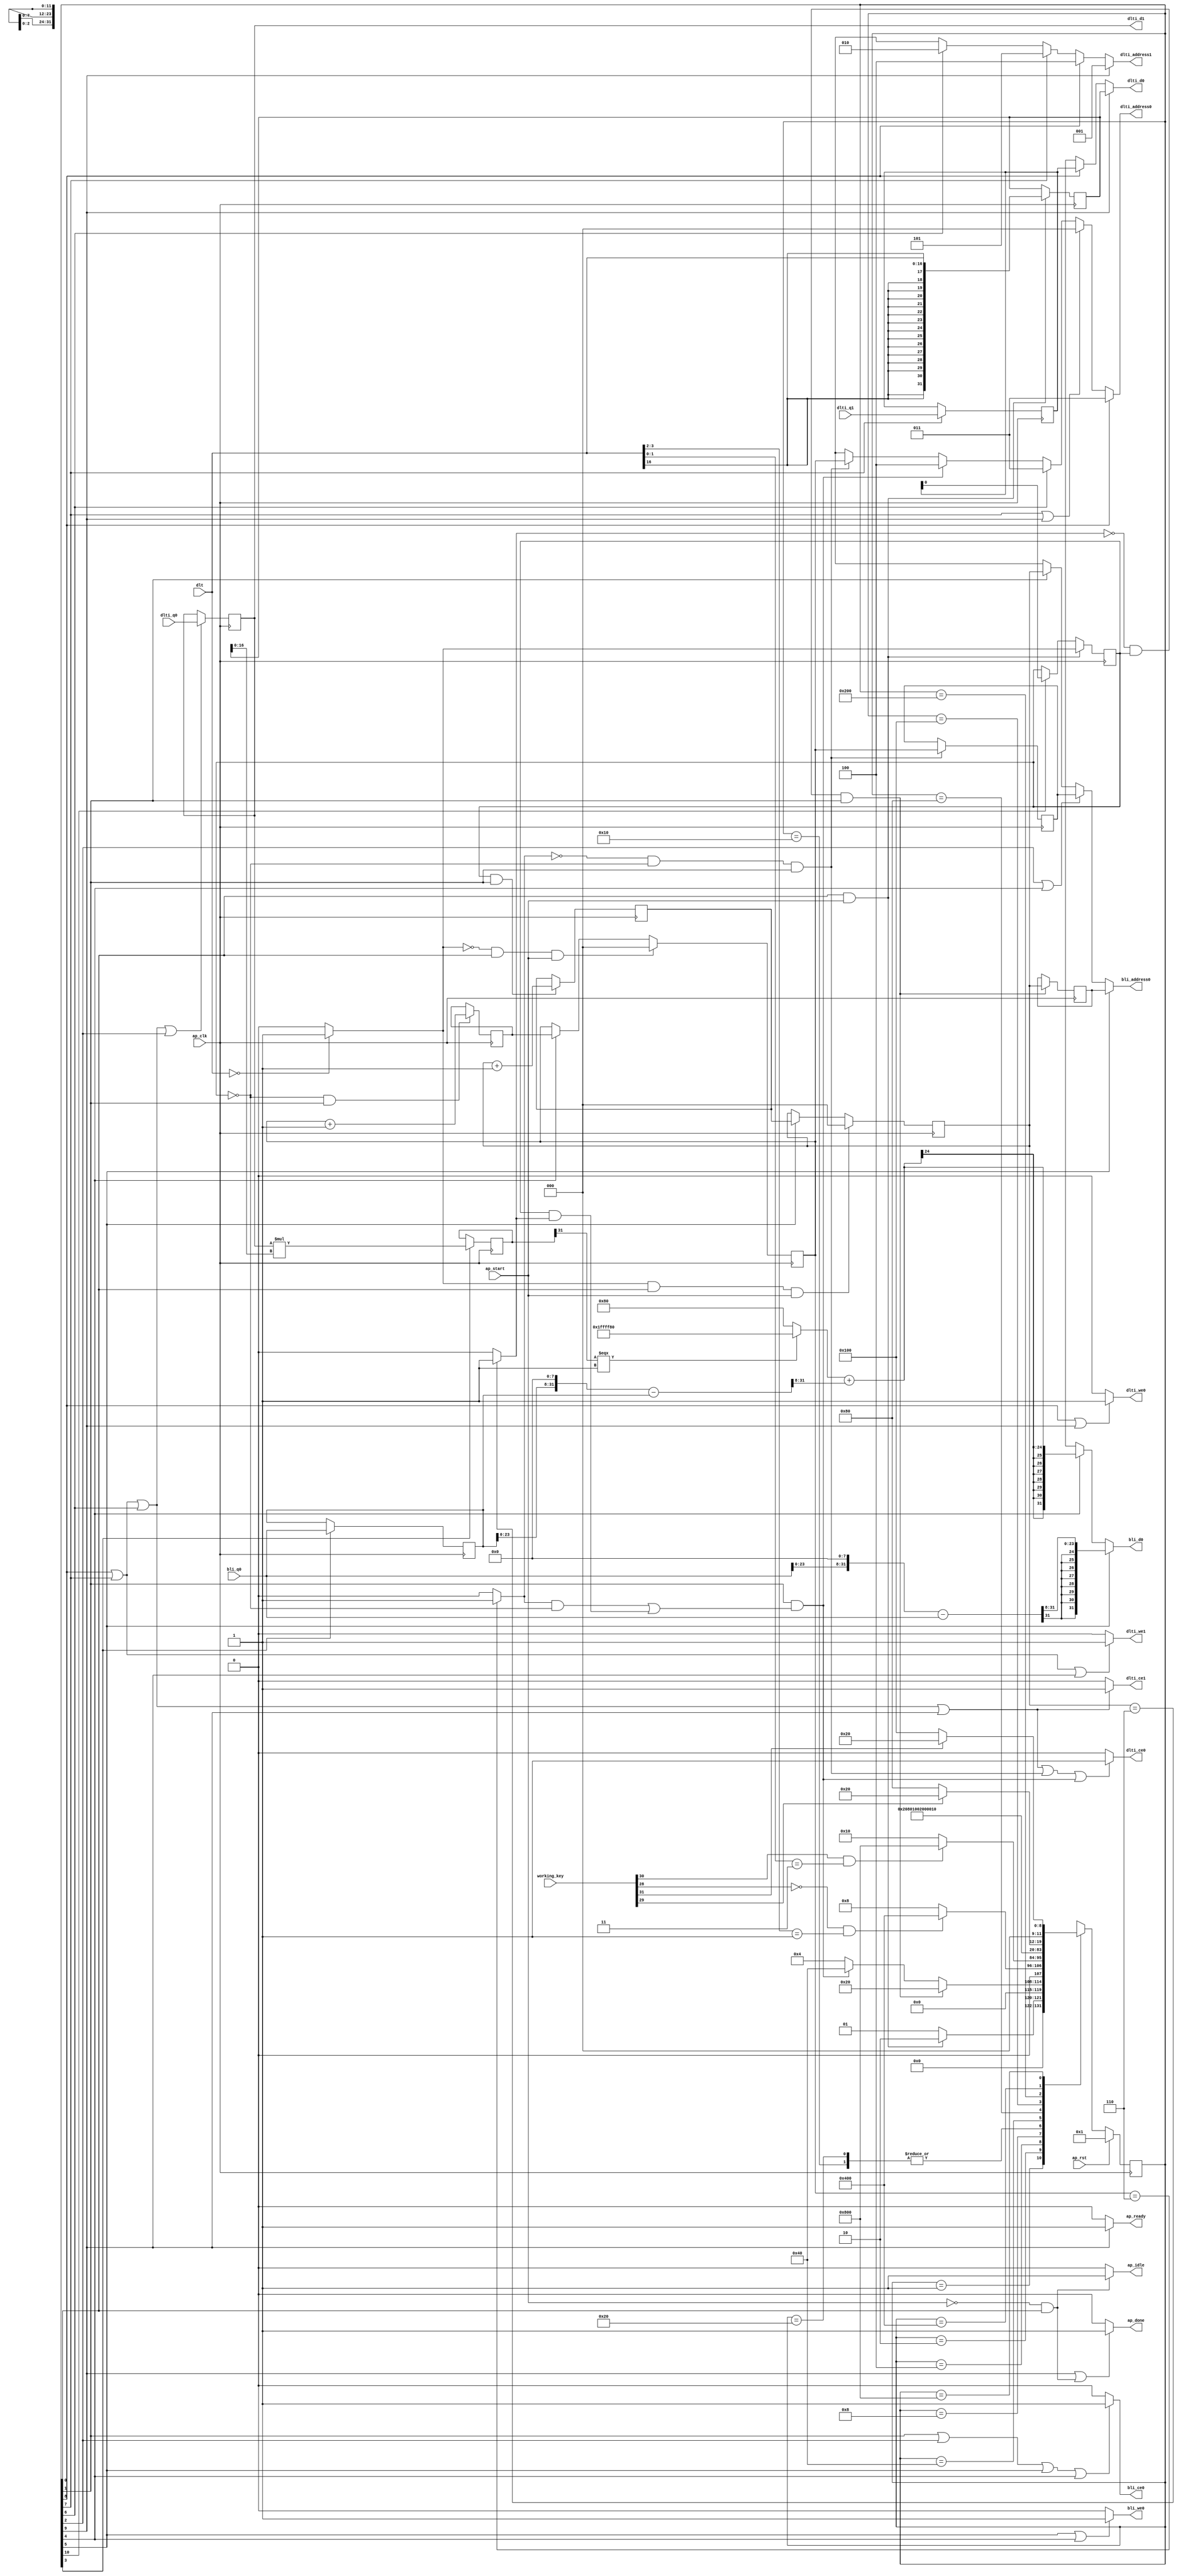

module upzero
(
  ap_clk,
  ap_rst,
  ap_start,
  ap_done,
  ap_idle,
  ap_ready,
  dlt,
  dlti_address0,
  dlti_ce0,
  dlti_we0,
  dlti_d0,
  dlti_q0,
  dlti_address1,
  dlti_ce1,
  dlti_we1,
  dlti_d1,
  dlti_q1,
  bli_address0,
  bli_ce0,
  bli_we0,
  bli_d0,
  bli_q0,
  working_key
);

  parameter ap_ST_fsm_state1 = 12'd1;
  parameter ap_ST_fsm_state2 = 12'd2;
  parameter ap_ST_fsm_state3 = 12'd4;
  parameter ap_ST_fsm_state4 = 12'd8;
  parameter ap_ST_fsm_state5 = 12'd16;
  parameter ap_ST_fsm_state6 = 12'd32;
  parameter ap_ST_fsm_state7 = 12'd64;
  parameter ap_ST_fsm_state8 = 12'd128;
  parameter ap_ST_fsm_state9 = 12'd256;
  parameter ap_ST_fsm_state10 = 12'd512;
  parameter ap_ST_fsm_state11 = 12'd1024;
  parameter ap_ST_fsm_state12 = 12'd2048;
  input ap_clk;
  input [31:0] working_key;
  input ap_rst;
  input ap_start;
  output ap_done;
  output ap_idle;
  output ap_ready;
  input [16:0] dlt;
  output [2:0] dlti_address0;
  output dlti_ce0;
  output dlti_we0;
  output [31:0] dlti_d0;
  input [31:0] dlti_q0;
  output [2:0] dlti_address1;
  output dlti_ce1;
  output dlti_we1;
  output [31:0] dlti_d1;
  input [31:0] dlti_q1;
  output [2:0] bli_address0;
  output bli_ce0;
  output bli_we0;
  output [31:0] bli_d0;
  input [31:0] bli_q0;
  reg ap_done;
  reg ap_idle;
  reg ap_ready;
  reg [2:0] dlti_address0;
  reg dlti_ce0;
  reg dlti_we0;
  reg [31:0] dlti_d0;
  reg [2:0] dlti_address1;
  reg dlti_ce1;
  reg dlti_we1;
  reg [2:0] bli_address0;
  reg bli_ce0;
  reg bli_we0;
  reg [31:0] bli_d0;
  reg [11:0] ap_CS_fsm;
  wire ap_CS_fsm_state1;
  reg signed [31:0] reg_162;
  wire ap_CS_fsm_state3;
  wire ap_CS_fsm_state7;
  wire ap_CS_fsm_state8;
  wire ap_CS_fsm_state9;
  wire signed [31:0] dlt_cast1_fu_167_p1;
  reg signed [31:0] dlt_cast1_reg_294;
  wire [0:0] tmp_fu_171_p2;
  reg [0:0] tmp_reg_305;
  wire [2:0] i_3_fu_183_p2;
  reg [2:0] i_3_reg_312;
  wire ap_CS_fsm_state2;
  wire [0:0] exitcond_fu_177_p2;
  reg [2:0] bli_addr_1_reg_322;
  wire [2:0] i_2_fu_201_p2;
  reg [2:0] i_2_reg_330;
  reg [2:0] bli_addr_reg_335;
  wire [0:0] exitcond1_fu_195_p2;
  wire [31:0] tmp_6_fu_212_p2;
  reg [31:0] tmp_6_reg_346;
  wire ap_CS_fsm_state4;
  reg [31:0] bli_load_1_reg_351;
  wire [2:0] dlti_addr_3_reg_357;
  reg [31:0] dlti_load_3_reg_367;
  reg [2:0] i_1_reg_140;
  wire ap_CS_fsm_state5;
  wire ap_CS_fsm_state11;
  wire ap_CS_fsm_state12;
  reg [2:0] i_reg_151;
  wire ap_CS_fsm_state6;
  wire [63:0] tmp_5_fu_189_p1;
  wire [63:0] tmp_1_fu_207_p1;
  wire ap_CS_fsm_state10;
  wire signed [31:0] tmp_4_cast_fu_262_p1;
  wire signed [31:0] tmp_3_fu_289_p1;
  wire signed [16:0] dlt_cast1_fu_167_p0;
  wire signed [16:0] tmp_fu_171_p0;
  wire signed [16:0] tmp_6_fu_212_p1;
  wire [0:0] tmp_9_fu_217_p3;
  wire [31:0] tmp_10_fu_232_p2;
  wire [31:0] tmp_s_fu_237_p2;
  wire [23:0] tmp_11_fu_242_p4;
  wire [24:0] tmp_9_cast_cast_fu_224_p3;
  wire signed [24:0] wd3_cast_fu_252_p1;
  wire [24:0] tmp_4_fu_256_p2;
  wire [31:0] tmp_7_fu_267_p2;
  wire [31:0] tmp_2_fu_273_p2;
  wire [23:0] tmp_8_fu_279_p4;
  reg [11:0] ap_NS_fsm;

  initial begin
    #0 ap_CS_fsm = 12'd1;
  end


  always @(posedge ap_clk) begin
    if(ap_rst == 1'b1) begin
      ap_CS_fsm <= ap_ST_fsm_state1;
    end else begin
      ap_CS_fsm <= ap_NS_fsm;
    end
  end


  always @(posedge ap_clk) begin
    if((tmp_fu_171_p2 == 1'd0) & (1'b1 == ap_CS_fsm_state1) & (ap_start == 1'b1)) begin
      i_1_reg_140 <= 3'd0;
    end else if(1'b1 == ap_CS_fsm_state5) begin
      i_1_reg_140 <= i_3_reg_312;
    end 
  end


  always @(posedge ap_clk) begin
    if((tmp_fu_171_p2 == 1'd1) & (1'b1 == ap_CS_fsm_state1) & (ap_start == 1'b1)) begin
      i_reg_151 <= 3'd0;
    end else if(1'b1 == ap_CS_fsm_state6) begin
      i_reg_151 <= i_2_reg_330;
    end 
  end


  always @(posedge ap_clk) begin
    if((exitcond_fu_177_p2 == 1'd0) & (tmp_reg_305 == 1'd0) & (1'b1 == ap_CS_fsm_state2)) begin
      bli_addr_1_reg_322 <= tmp_5_fu_189_p1;
    end 
  end


  always @(posedge ap_clk) begin
    if((exitcond1_fu_195_p2 == 1'd0) & (tmp_reg_305 == 1'd1) & (1'b1 == ap_CS_fsm_state2)) begin
      bli_addr_reg_335 <= tmp_1_fu_207_p1;
    end 
  end


  always @(posedge ap_clk) begin
    if(1'b1 == ap_CS_fsm_state4) begin
      bli_load_1_reg_351 <= bli_q0;
      tmp_6_reg_346 <= tmp_6_fu_212_p2;
    end 
  end


  always @(posedge ap_clk) begin
    if((1'b1 == ap_CS_fsm_state1) & (ap_start == 1'b1)) begin
      dlt_cast1_reg_294 <= dlt_cast1_fu_167_p1;
      tmp_reg_305 <= tmp_fu_171_p2;
    end else if(1'd1 == ap_CS_fsm_state11) begin
      tmp_reg_305 <= dlti_load_3_reg_367;
    end 
  end


  always @(posedge ap_clk) begin
    if(1'b1 == ap_CS_fsm_state8) begin
      dlti_load_3_reg_367 <= dlti_q1;
    end 
  end


  always @(posedge ap_clk) begin
    if((tmp_reg_305 == 1'd1) & (1'b1 == ap_CS_fsm_state2)) begin
      i_2_reg_330 <= i_2_fu_201_p2;
    end 
  end


  always @(posedge ap_clk) begin
    if((tmp_reg_305 == 1'd0) & (1'b1 == ap_CS_fsm_state2)) begin
      i_3_reg_312 <= i_3_fu_183_p2;
    end 
  end


  always @(posedge ap_clk) begin
    if((1'b1 == ap_CS_fsm_state9) | (1'b1 == ap_CS_fsm_state8) | (1'b1 == ap_CS_fsm_state7) | (1'b1 == ap_CS_fsm_state3)) begin
      reg_162 <= dlti_q0;
    end 
  end


  always @(*) begin
    if((1'b1 == ap_CS_fsm_state10) | (ap_start == 1'b0) & (1'b1 == ap_CS_fsm_state1)) begin
      ap_done = 1'b1;
    end else begin
      ap_done = 1'b0;
    end
  end


  always @(*) begin
    if((ap_start == 1'b0) & (1'b1 == ap_CS_fsm_state1)) begin
      ap_idle = 1'b1;
    end else begin
      ap_idle = 1'b0;
    end
  end


  always @(*) begin
    if(1'b1 == ap_CS_fsm_state10) begin
      ap_ready = 1'b1;
    end else begin
      ap_ready = 1'b0;
    end
  end


  always @(*) begin
    if(1'b1 == ap_CS_fsm_state6) begin
      bli_address0 = bli_addr_reg_335;
    end else if((1'b1 == ap_CS_fsm_state3) | (1'b1 == ap_CS_fsm_state5)) begin
      bli_address0 = bli_addr_1_reg_322;
    end else if(1'b1 == ap_CS_fsm_state2) begin
      bli_address0 = tmp_1_fu_207_p1;
    end else begin
      bli_address0 = 'bx;
    end
  end


  always @(*) begin
    if((1'b1 == ap_CS_fsm_state2) | (1'b1 == ap_CS_fsm_state3) | (1'b1 == ap_CS_fsm_state6) | (1'b1 == ap_CS_fsm_state5)) begin
      bli_ce0 = 1'b1;
    end else begin
      bli_ce0 = 1'b0;
    end
  end


  always @(*) begin
    if(1'b1 == ap_CS_fsm_state6) begin
      bli_d0 = tmp_3_fu_289_p1;
    end else if(1'b1 == ap_CS_fsm_state5) begin
      bli_d0 = tmp_4_cast_fu_262_p1;
    end else begin
      bli_d0 = 'bx;
    end
  end


  always @(*) begin
    if((1'b1 == ap_CS_fsm_state6) | (1'b1 == ap_CS_fsm_state5)) begin
      bli_we0 = 1'b1;
    end else begin
      bli_we0 = 1'b0;
    end
  end


  always @(*) begin
    if(1'b1 == ap_CS_fsm_state9) begin
      dlti_address0 = dlti_addr_3_reg_357;
    end else if((1'b1 == ap_CS_fsm_state8) | (1'b1 == ap_CS_fsm_state10)) begin
      dlti_address0 = 64'd0;
    end else if(1'b1 == ap_CS_fsm_state7) begin
      dlti_address0 = 64'd3;
    end else if((1'b1 == ap_CS_fsm_state2) & ((exitcond_fu_177_p2 == 1'd1) & (tmp_reg_305 == 1'd0) | (tmp_reg_305 == 1'd1) & (exitcond1_fu_195_p2 == 1'd1))) begin
      dlti_address0 = 64'd4;
    end else if((exitcond_fu_177_p2 == 1'd0) & (tmp_reg_305 == 1'd0) & (1'b1 == ap_CS_fsm_state2)) begin
      dlti_address0 = tmp_5_fu_189_p1;
    end else begin
      dlti_address0 = 'bx;
    end
  end


  always @(*) begin
    if(1'b1 == ap_CS_fsm_state10) begin
      dlti_address1 = 64'd1;
    end else if(1'b1 == ap_CS_fsm_state9) begin
      dlti_address1 = 64'd4;
    end else if(1'b1 == ap_CS_fsm_state8) begin
      dlti_address1 = 64'd5;
    end else if(1'b1 == ap_CS_fsm_state7) begin
      dlti_address1 = 64'd2;
    end else begin
      dlti_address1 = 'bx;
    end
  end


  always @(*) begin
    if((1'b1 == ap_CS_fsm_state9) | (1'b1 == ap_CS_fsm_state8) | (1'b1 == ap_CS_fsm_state7) | (1'b1 == ap_CS_fsm_state10) | (exitcond_fu_177_p2 == 1'd0) & (tmp_reg_305 == 1'd0) & (1'b1 == ap_CS_fsm_state2) | (1'b1 == ap_CS_fsm_state2) & ((exitcond_fu_177_p2 == 1'd1) & (tmp_reg_305 == 1'd0) | (tmp_reg_305 == 1'd1) & (exitcond1_fu_195_p2 == 1'd1))) begin
      dlti_ce0 = 1'b1;
    end else begin
      dlti_ce0 = 1'b0;
    end
  end


  always @(*) begin
    if((1'b1 == ap_CS_fsm_state9) | (1'b1 == ap_CS_fsm_state8) | (1'b1 == ap_CS_fsm_state7) | (1'b1 == ap_CS_fsm_state10)) begin
      dlti_ce1 = 1'b1;
    end else begin
      dlti_ce1 = 1'b0;
    end
  end


  always @(*) begin
    if(1'b1 == ap_CS_fsm_state10) begin
      dlti_d0 = dlt_cast1_reg_294;
    end else if(1'b1 == ap_CS_fsm_state9) begin
      dlti_d0 = dlti_load_3_reg_367;
    end else begin
      dlti_d0 = 'bx;
    end
  end


  always @(*) begin
    if((1'b1 == ap_CS_fsm_state9) | (1'b1 == ap_CS_fsm_state10)) begin
      dlti_we0 = 1'b1;
    end else begin
      dlti_we0 = 1'b0;
    end
  end


  always @(*) begin
    if((1'b1 == ap_CS_fsm_state9) | (1'b1 == ap_CS_fsm_state8) | (1'b1 == ap_CS_fsm_state10)) begin
      dlti_we1 = 1'b1;
    end else begin
      dlti_we1 = 1'b0;
    end
  end


  always @(*) begin
    case(ap_CS_fsm)
      ap_ST_fsm_state1: begin
        if((1'b1 == ap_CS_fsm_state1) & (ap_start == 1'b1)) begin
          ap_NS_fsm = ap_ST_fsm_state2;
        end else begin
          ap_NS_fsm = ap_ST_fsm_state1;
        end
      end
      ap_ST_fsm_state2: begin
        if((exitcond1_fu_195_p2 == 1'd0) & (tmp_reg_305 == 1'd1) & (1'b1 == ap_CS_fsm_state2)) begin
          ap_NS_fsm = ap_ST_fsm_state6;
        end else if((1'b1 == ap_CS_fsm_state2) & ((exitcond_fu_177_p2 == 1'd1) & (tmp_reg_305 == 1'd0) | (tmp_reg_305 == 1'd1) & (exitcond1_fu_195_p2 == 1'd1))) begin
          ap_NS_fsm = ap_ST_fsm_state7;
        end else begin
          ap_NS_fsm = ap_ST_fsm_state3;
        end
      end
      ap_ST_fsm_state3: begin
        if(working_key[28] == 1'b0 & dlt[3:2] == 2'b01) begin
          ap_NS_fsm = ap_ST_fsm_state11;
        end else begin
          ap_NS_fsm = ap_ST_fsm_state4;
        end
      end
      ap_ST_fsm_state4: begin
        if(working_key[30] == 1'b1 & dlt[1:0] == 2'b11) begin
          ap_NS_fsm = ap_ST_fsm_state12;
        end else begin
          ap_NS_fsm = ap_ST_fsm_state5;
        end
      end
      ap_ST_fsm_state5: begin
        ap_NS_fsm = ap_ST_fsm_state2;
      end
      ap_ST_fsm_state6: begin
        ap_NS_fsm = ap_ST_fsm_state2;
      end
      ap_ST_fsm_state7: begin
        ap_NS_fsm = ap_ST_fsm_state8;
      end
      ap_ST_fsm_state8: begin
        ap_NS_fsm = ap_ST_fsm_state9;
      end
      ap_ST_fsm_state9: begin
        ap_NS_fsm = ap_ST_fsm_state10;
      end
      ap_ST_fsm_state10: begin
        ap_NS_fsm = ap_ST_fsm_state1;
      end
      default: begin
        ap_NS_fsm = 'bx;
      end
      ap_ST_fsm_state11: begin
        if(working_key[29] == 1'b1) begin
          ap_NS_fsm = ap_ST_fsm_state6;
        end else begin
          ap_NS_fsm = ap_ST_fsm_state8;
        end
      end
      ap_ST_fsm_state12: begin
        if(working_key[31] == 1'b1) begin
          ap_NS_fsm = ap_ST_fsm_state6;
        end else begin
          ap_NS_fsm = ap_ST_fsm_state9;
        end
      end
    endcase
  end

  assign ap_CS_fsm_state1 = ap_CS_fsm[32'd0];
  assign ap_CS_fsm_state10 = ap_CS_fsm[32'd9];
  assign ap_CS_fsm_state11 = ap_CS_fsm[32'd10];
  assign ap_CS_fsm_state12 = ap_CS_fsm[32'd11];
  assign ap_CS_fsm_state2 = ap_CS_fsm[32'd1];
  assign ap_CS_fsm_state3 = ap_CS_fsm[32'd2];
  assign ap_CS_fsm_state4 = ap_CS_fsm[32'd3];
  assign ap_CS_fsm_state5 = ap_CS_fsm[32'd4];
  assign ap_CS_fsm_state6 = ap_CS_fsm[32'd5];
  assign ap_CS_fsm_state7 = ap_CS_fsm[32'd6];
  assign ap_CS_fsm_state8 = ap_CS_fsm[32'd7];
  assign ap_CS_fsm_state9 = ap_CS_fsm[32'd8];
  assign dlt_cast1_fu_167_p0 = dlt;
  assign dlt_cast1_fu_167_p1 = dlt_cast1_fu_167_p0;
  assign dlti_addr_3_reg_357 = 64'd3;
  assign dlti_d1 = reg_162;
  assign exitcond1_fu_195_p2 = (i_reg_151 == 3'd6)? 1'b1 : 1'b0;
  assign exitcond_fu_177_p2 = (i_1_reg_140 == 3'd6)? 1'b1 : 1'b0;
  assign i_2_fu_201_p2 = i_reg_151 + 3'd1;
  assign i_3_fu_183_p2 = i_1_reg_140 + 3'd1;
  assign tmp_10_fu_232_p2 = bli_load_1_reg_351 << 32'd8;
  assign tmp_11_fu_242_p4 = { { tmp_s_fu_237_p2[31:8] } };
  assign tmp_1_fu_207_p1 = i_reg_151;
  assign tmp_2_fu_273_p2 = tmp_7_fu_267_p2 - bli_q0;
  assign tmp_3_fu_289_p1 = $signed(tmp_8_fu_279_p4);
  assign tmp_4_cast_fu_262_p1 = $signed(tmp_4_fu_256_p2);
  assign tmp_4_fu_256_p2 = $signed(tmp_9_cast_cast_fu_224_p3) + $signed(wd3_cast_fu_252_p1);
  assign tmp_5_fu_189_p1 = i_1_reg_140;
  assign tmp_6_fu_212_p1 = dlt_cast1_reg_294;
  assign tmp_6_fu_212_p2 = $signed(reg_162) * $signed(tmp_6_fu_212_p1);
  assign tmp_7_fu_267_p2 = bli_q0 << 32'd8;
  assign tmp_8_fu_279_p4 = { { tmp_2_fu_273_p2[31:8] } };
  assign tmp_9_cast_cast_fu_224_p3 = (tmp_9_fu_217_p3[0:0] === 1'b1)? 25'd33554304 : 25'd128;
  assign tmp_9_fu_217_p3 = tmp_6_reg_346[32'd31];
  assign tmp_fu_171_p0 = dlt;
  assign tmp_fu_171_p2 = (tmp_fu_171_p0 == 17'd0)? 1'b1 : 1'b0;
  assign tmp_s_fu_237_p2 = tmp_10_fu_232_p2 - bli_load_1_reg_351;
  assign wd3_cast_fu_252_p1 = $signed(tmp_11_fu_242_p4);

endmodule